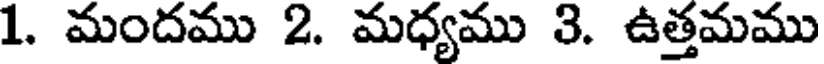
1. మందము 2. మధ్యము 3. ఉత్తమము